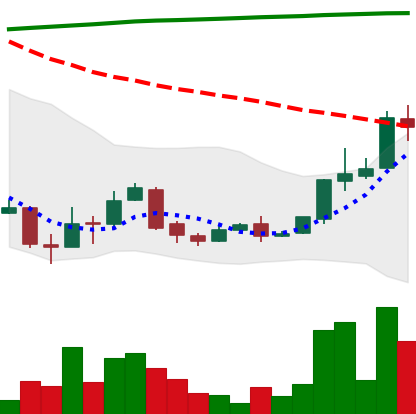
Ticker: XLM-USD
Chart end date: 2018-04-16
Forward return: 32.203%
Label: up_7plus